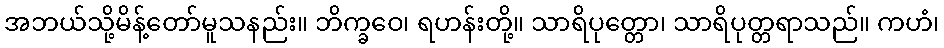
အဘယ်သို့မိန့်တော်မူသနည်း။ ဘိက္ခဝေ၊ ရဟန်းတို့။ သာရိပုတ္တော၊ သာရိပုတ္တရာသည်။ ကဟံ၊